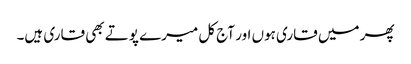
پھر میں قاری ہوں اور آج کل میرے پوتے بھی قاری ہیں۔